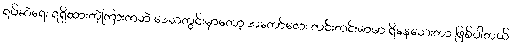
ရပ်ဆဲရေး ရရှိထားတဲ့ကြားကဘဲ ဒေသတွင်းမှာတော့ အတော်လေး တင်းတင်းမာမာ ရှိနေသေးတာ ဖြစ်ပါတယ်။